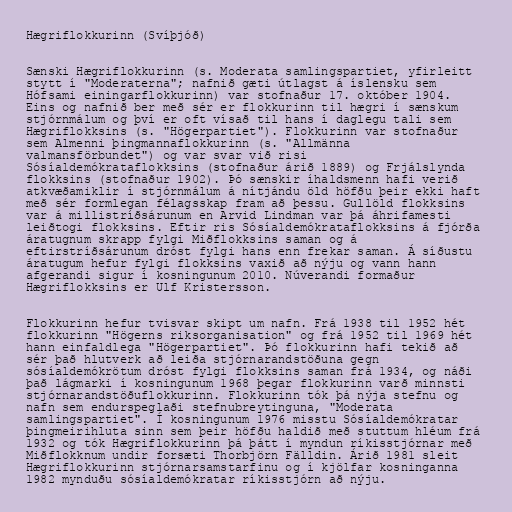
Hægriflokkurinn (Svíþjóð)

Sænski Hægriflokkurinn (s. Moderata samlingspartiet, yfirleitt
stytt í "Moderaterna"; nafnið gæti útlagst á íslensku sem
Hófsami einingarflokkurinn) var stofnaður 17. október 1904.
Eins og nafnið ber með sér er flokkurinn til hægri í sænskum
stjórnmálum og því er oft vísað til hans í daglegu tali sem
Hægriflokksins (s. "Högerpartiet"). Flokkurinn var stofnaður
sem Almenni þingmannaflokkurinn (s. "Allmänna
valmansförbundet") og var svar við risi
Sósíaldemókrataflokksins (stofnaður árið 1889) og Frjálslynda
flokksins (stofnaður 1902). Þó sænskir íhaldsmenn hafi verið
atkvæðamiklir í stjórnmálum á nítjándu öld höfðu þeir ekki haft
með sér formlegan félagsskap fram að þessu. Gullöld flokksins
var á millistríðsárunum en Arvid Lindman var þá áhrifamesti
leiðtogi flokksins. Eftir ris Sósíaldemókrataflokksins á fjórða
áratugnum skrapp fylgi Miðflokksins saman og á
eftirstríðsárunum dróst fylgi hans enn frekar saman. Á síðustu
áratugum hefur fylgi flokksins vaxið að nýju og vann hann
afgerandi sigur í kosningunum 2010. Núverandi formaður
Hægriflokksins er Ulf Kristersson.

Flokkurinn hefur tvisvar skipt um nafn. Frá 1938 til 1952 hét
flokkurinn "Högerns riksorganisation" og frá 1952 til 1969 hét
hann einfaldlega "Högerpartiet". Þó flokkurinn hafi tekið að
sér það hlutverk að leiða stjórnarandstöðuna gegn
sósíaldemókrötum dróst fylgi flokksins saman frá 1934, og náði
það lágmarki í kosningunum 1968 þegar flokkurinn varð minnsti
stjórnarandstöðuflokkurinn. Flokkurinn tók þá nýja stefnu og
nafn sem endurspeglaði stefnubreytinguna, "Moderata
samlingspartiet". Í kosningunum 1976 misstu Sósíaldemókratar
þingmeirihluta sinn sem þeir höfðu haldið með stuttum hléum frá
1932 og tók Hægriflokkurinn þá þátt í myndun ríkisstjórnar með
Miðflokknum undir forsæti Thorbjörn Fälldin. Árið 1981 sleit
Hægriflokkurinn stjórnarsamstarfinu og í kjölfar kosninganna
1982 mynduðu sósíaldemókratar ríkisstjórn að nýju.